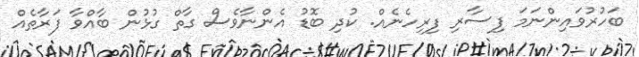
ބަހުރުވައިންނަމަ ފިސާރި ފިރިހެނެއް. ކުދި ބޮޑު އެންނާވެސް ގާތް ގުޅުން ބާއްވާ ފަރާތެއް